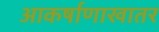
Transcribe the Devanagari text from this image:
आकर्षाणाखातर